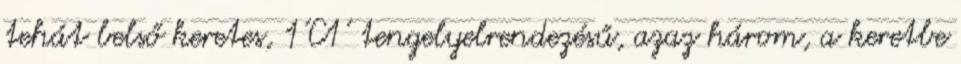
tehát belső keretes, 1'C1' tengelyelrendezésű, azaz három, a keretbe